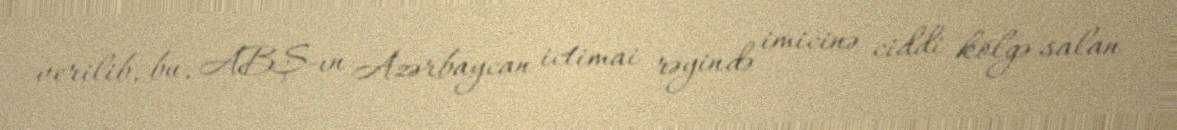
verilib, bu, ABŞ-ın Azərbaycan ictimai rəyində imicinə ciddi kölgə salan